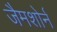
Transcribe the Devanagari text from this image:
जैमशोर्न